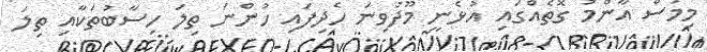
މިމަސް އާންމު ގޮތެއްގައި އުޅެނީ މޫދުވިނަ ހެދިފައި ހުންނަ ތިލަ ހިސާބުތަކާއި ތިލަ